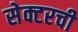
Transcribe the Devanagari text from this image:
सेक्टरची